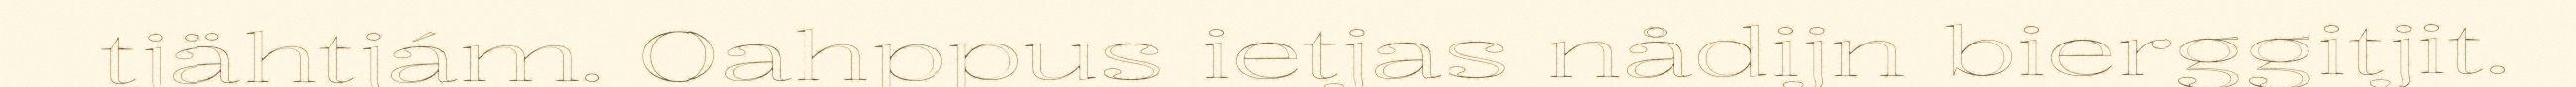
tjähtjám. Oahppus ietjas nådijn bierggitjit.